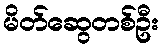
မိတ်ဆွေတစ်ဦး